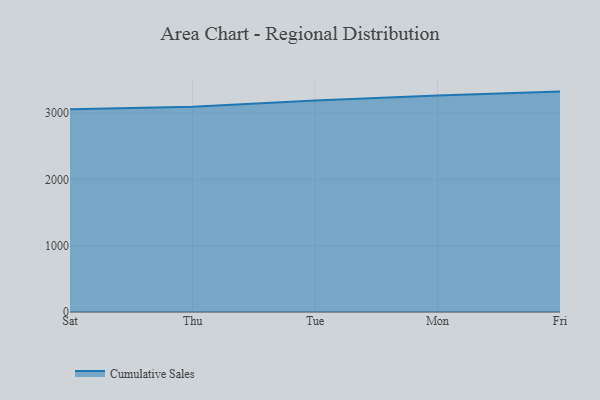
{"axis": {"x": "Day", "y": "Demand Index"}, "legend": ["Cumulative Sales"], "data": [{"x": "Sat", "y": 3059.2, "type": "Cumulative Sales"}, {"x": "Thu", "y": 3096.0, "type": "Cumulative Sales"}, {"x": "Tue", "y": 3189.6, "type": "Cumulative Sales"}, {"x": "Mon", "y": 3263.9, "type": "Cumulative Sales"}, {"x": "Fri", "y": 3324.6, "type": "Cumulative Sales"}]}